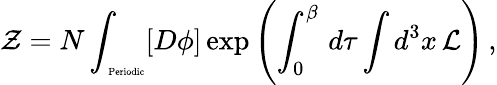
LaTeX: {\cal Z}=N\int_{\mathrm{\tiny~Periodic}}[D\phi]\exp{\left(\int_{0}^{\beta}\, d\tau\int d^{3}x\, {\cal L}\right)}\, ,